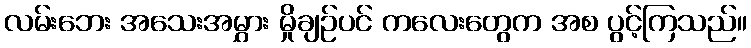
လမ်းဘေး အသေးအမွှား မှိုချဉ်ပင် ကလေးတွေက အစ ပွင့်ကြသည်။